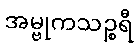
အမ္ဗုကသဉ္စရီ